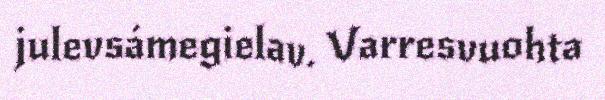
julevsámegielav. Varresvuohta